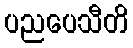
ပညပေသီတိ